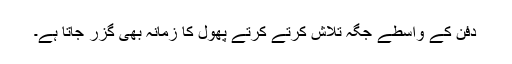
دفن کے واسطے جگہ تلاش کرتے کرتے پھول کا زمانہ بھی گزر جاتا ہے۔